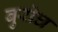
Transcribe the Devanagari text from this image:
बुरोघ